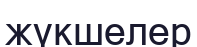
жүкшелер